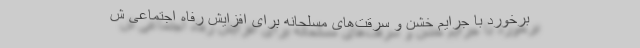
برخورد با جرایم خشن و سرقت‌های مسلحانه برای افزایش رفاه اجتماعی ش